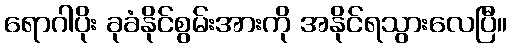
ရောဂါပိုး ခုခံနိုင်စွမ်းအားကို အနိုင်ရသွားလေပြီ။